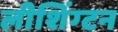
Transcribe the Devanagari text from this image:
लीशिंग्टन